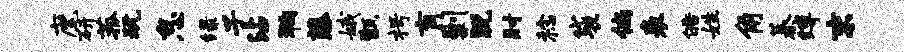
麾研菰玩怠绿子沾狗藤娥甑枵肓剿脱肘稔袋倘表皓姓角蓁缚末